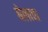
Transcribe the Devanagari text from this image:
बेलाचा